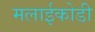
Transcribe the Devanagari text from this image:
मलाईकोडी